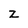
Character: Z